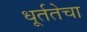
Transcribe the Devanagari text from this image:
धूर्ततेचा